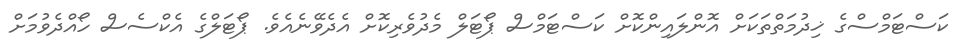
ކަސްޓަމްސްގެ ޚިދުމަތްތަކަށް އޮންލައިންކޮށް ކަސްޓަމްސް ޕޯޓަލް މެދުވެރިކޮށް އެދެވޭނެއެވެ. ޕޯޓަލްގެ އެކްސެސް ހޯއްދެވުމަށް